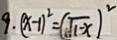
9 . ( x - 1 ) ^ { 2 } = ( \sqrt { 1 - x } ) ^ { 2 }